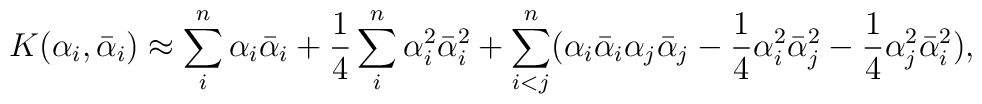
K(\alpha_i,{\bar\alpha}_i)\approx \sum_i^n\alpha_i\bar\alpha_i+{1\over4}\sum_i^n\alpha^2_i\bar\alpha^2_i+\sum_{i<j}^n(\alpha_i\bar\alpha_i\alpha_j\bar\alpha_j-{1\over4}\alpha^2_i\bar\alpha^2_j-{1\over4}\alpha^2_j\bar\alpha^2_i),